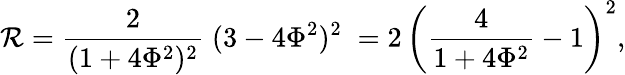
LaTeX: {\cal\mathcal{R}}={\frac{2}{{(1+4\Phi^{2})^{2}}}\; }(3-4\Phi^{2})^{2}\; =2\, \left({\frac{4}{{1+4\Phi^{2}}}-1}\right)^{2},